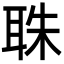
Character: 䎷